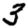
Digit: 3